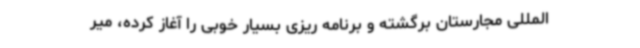
المللی مجارستان برگشته و برنامه ریزی بسیار خوبی را آغاز کرده، میر